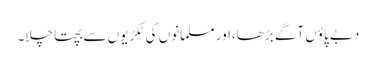
دبے پاؤں آگے بڑھا،اور مسلمانوں کی ٹکڑیوں سے بچتا چلا۔